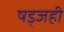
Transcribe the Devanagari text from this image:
षड्जही